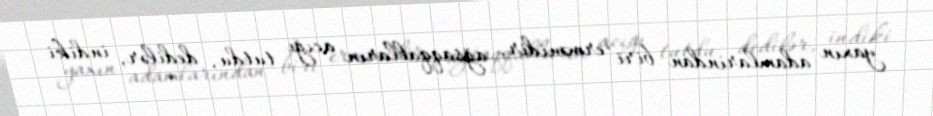
yaxın adamlarından biri ermənidir, ağsaqqalların acığı tutdu, dedilər, indiki